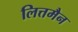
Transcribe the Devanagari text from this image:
लित्तमैन